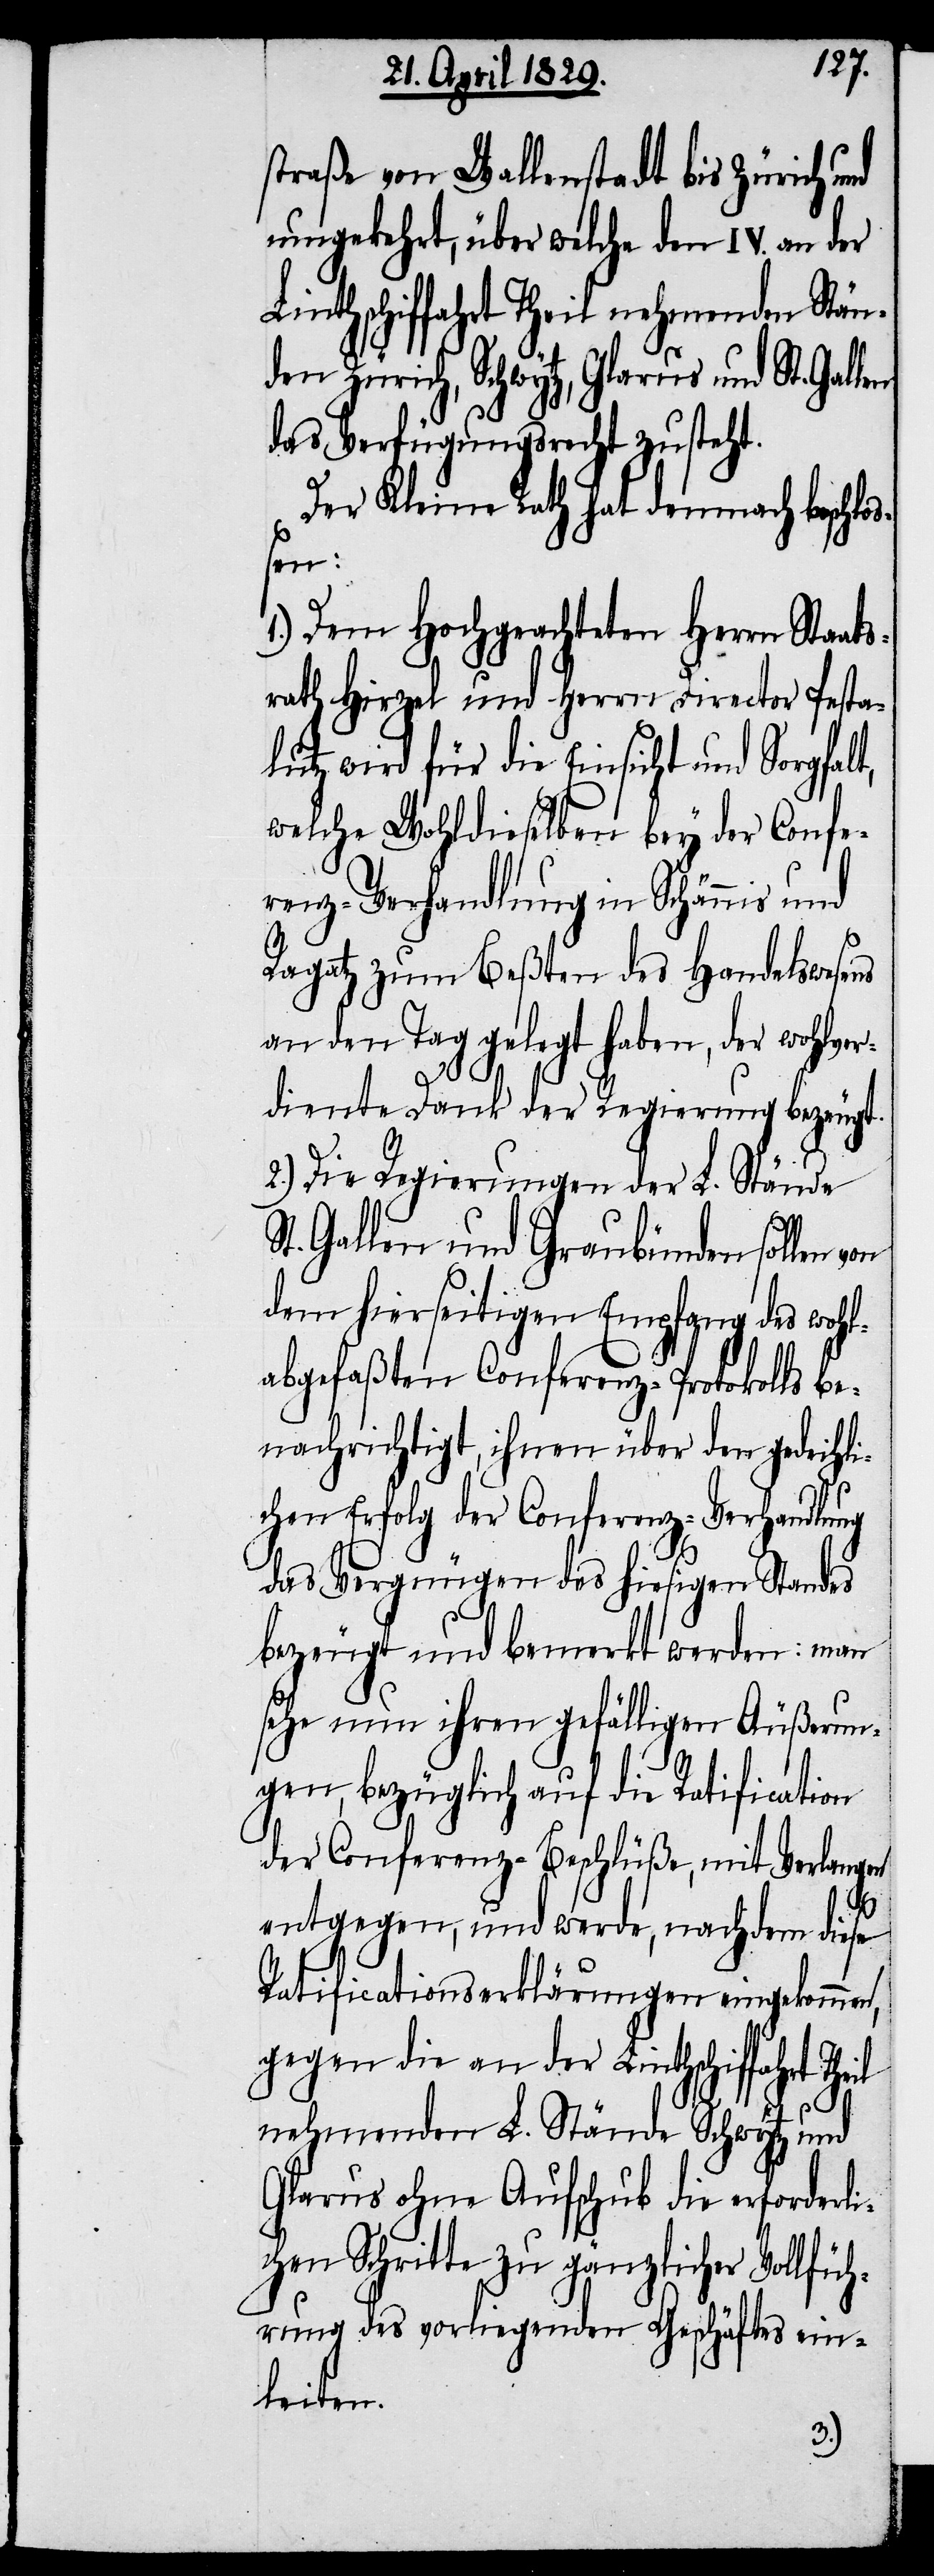
straße von Wallenstadt bis Zürich und
umgekehrt, über welche den IV. an der
Lintschiffahrt Theil nehmenden Stän¬
den Zürich, Schwytz, Glarus und St. Gal¬
das Verfügungsrecht zusteht.
Der Kleine Rath hat demnach beschlo¬
ßen:
1.) Dem Hochgeachten Herrn Staat¬
rath Hirzel und Herrn Director Pesta¬
lutz wird für die Einsicht und Sorgfalt,
welche Wohldieselben bey der Confe¬
renz-Verhandlung in Schännis und
Ragatz zum Beßten des Handelswesens
an den Tag gelegt haben, der wohlver¬
S¬
diente Dank der Regierung bezeugt.
2.) Die Regierungen der L. Stände
t. Gallen und Graubünden sollen
dem hierseitigen Empfang des wohl¬
abgefaßten Conferenz-Protokolls be¬
nachrichtigt, ihnen über den gedeihli¬
chen Erfolg der Conferenz-Verhandlung
das Vergnügen des hiesigen Standes
bezeugt und bemerkt werden: man
sehe nun ihren gefälligen Äußerun¬
gen, bezüglich auf die Ratification
der Conferenz-Beschlüße, mit Verlangen
entgegen, und werde, nachdem diese
Ratificationserklärungen eingekommen,
gegen die an der Linthschiffahrt
nehmenden L. Stände Schwytz und
Glarus ohne Aufschub die erforderli¬
chen Schritte zu gänzlicher Vollfüh¬
rung des vorliegenden Geschäftes ein¬
leiten.